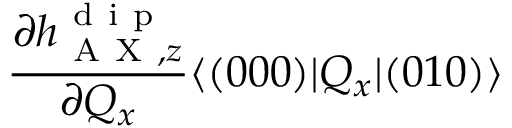
\frac { \partial h _ { \mathrm { ~ A ~ X ~ } , z } ^ { \mathrm { ~ d ~ i ~ p ~ } } } { \partial Q _ { x } } \langle ( 0 0 0 ) | Q _ { x } | ( 0 1 0 ) \rangle